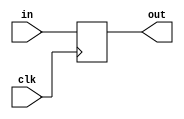
module latch(in,out,clk);
	input [15:0] in;
	input clk;
	output reg[15:0] out;
	reg [15:0]memdataout;
	always @ (posedge clk)
	out<=in;
endmodule